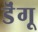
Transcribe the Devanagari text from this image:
डॆंगू